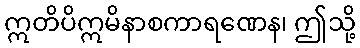
ဣတိပိဣမိနာစကာရဏေန၊ ဤသို့